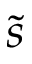
\tilde { s }